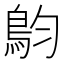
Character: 𩿖